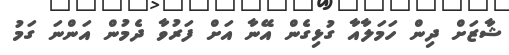
ޝާޒަށް ދިން ހަމަލާއާ ގުޅިގެން އޭނާ އަށް ފަރުވާ ދެމުން އަންނަ ގަމު